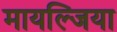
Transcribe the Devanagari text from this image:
मायल्जिया